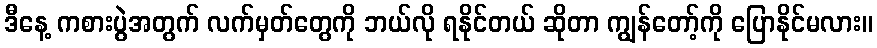
ဒီနေ့ ကစားပွဲအတွက် လက်မှတ်တွေကို ဘယ်လို ရနိုင်တယ် ဆိုတာ ကျွန်တော့်ကို ပြောနိုင်မလား။